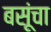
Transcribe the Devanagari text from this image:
बसूंचा